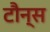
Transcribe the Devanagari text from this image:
टौन्स